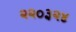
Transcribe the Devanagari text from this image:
२२०३२४